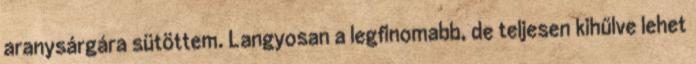
aranysárgára sütöttem. Langyosan a legfinomabb, de teljesen kihűlve lehet